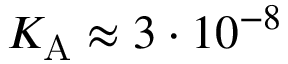
K _ { \mathrm { A } } \approx 3 \cdot 1 0 ^ { - 8 }